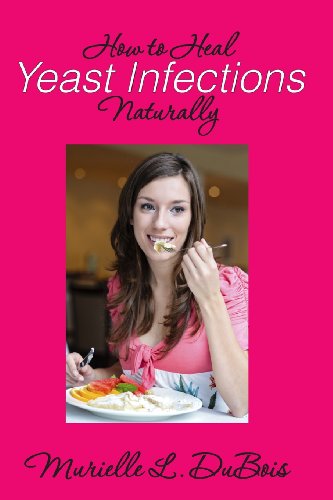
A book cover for How to Heal Yeast Infections Naturally: A Holistic Approach to Curing Candida Overgrowth; Murielle L. DuBois; Health, Fitness & Dieting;